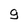
Character: g